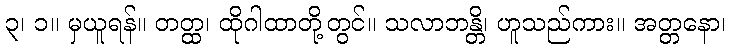
၃၊ ၁။ မှယူရန်။ တတ္ထ၊ ထိုဂါထာတို့တွင်။ သလာဘန္တိ၊ ဟူသည်ကား။ အတ္တနော၊